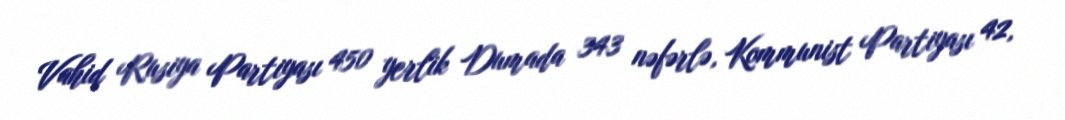
Vahid Rusiya Partiyası 450 yerlik Dumada 343 nəfərlə, Kommunist Partiyası 42,